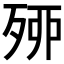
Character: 𣨇